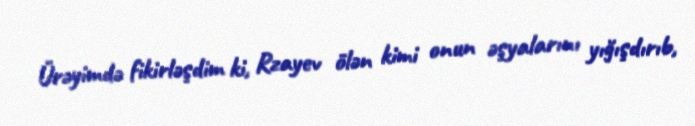
Ürəyimdə fikirləşdim ki, Rzayev ölən kimi onun əşyalarını yığışdırıb,